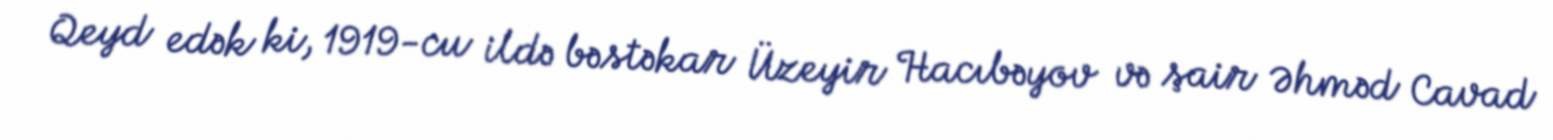
Qeyd edək ki, 1919-cu ildə bəstəkar Üzeyir Hacıbəyov və şair Əhməd Cavad